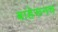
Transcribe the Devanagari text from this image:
बाहेरूनच